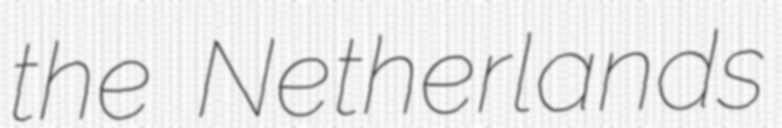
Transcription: the Netherlands